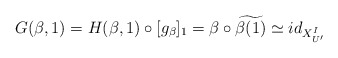
\begin{align*} G(\beta ,1) = H(\beta ,1) \circ [g_{\beta}]_{1} =\beta \circ \widetilde{\beta(1)} \simeq id_{X_{U'}^{I}}\end{align*}